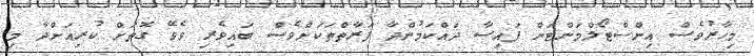
މިހާރުވެސް އިންސްޓޯލްމަންޓަށް ފައިސާ ދައްކަމުންދާ ފަރާތްތަކަށްވެސް ބައިވެރި ވެވޭ ގޮތަށް ކުރިއަށްދާ މި